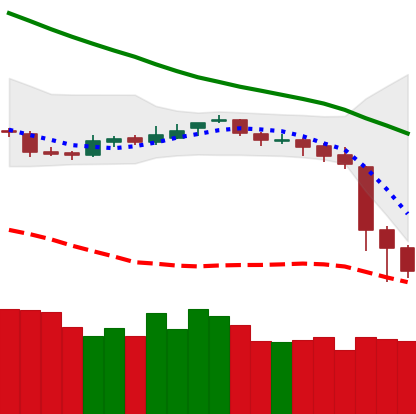
Ticker: BNB-USD
Chart end date: 2018-11-16
Forward return: -21.377%
Label: down_7plus